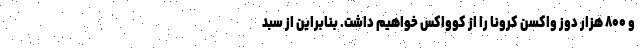
و ۸۰۰ هزار دوز واکسن کرونا را از کوواکس خواهیم داشت. بنابراین از سبد